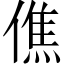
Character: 僬